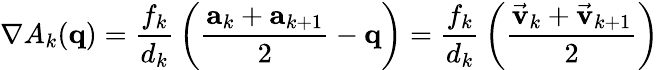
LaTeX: \nabla A_{k}({\mathbf q})=\frac{f_{k}}{d_{k}}\, \left(\frac{{\mathbf a}_{k}+{\mathbf a}_{k+1}}{2}-{\mathbf q}\right)=\frac{f_{k}}{d_{k}}\, \left(\frac{\vec{\mathbf v}_{k}+\vec{\mathbf v}_{k+1}}{2}\right)